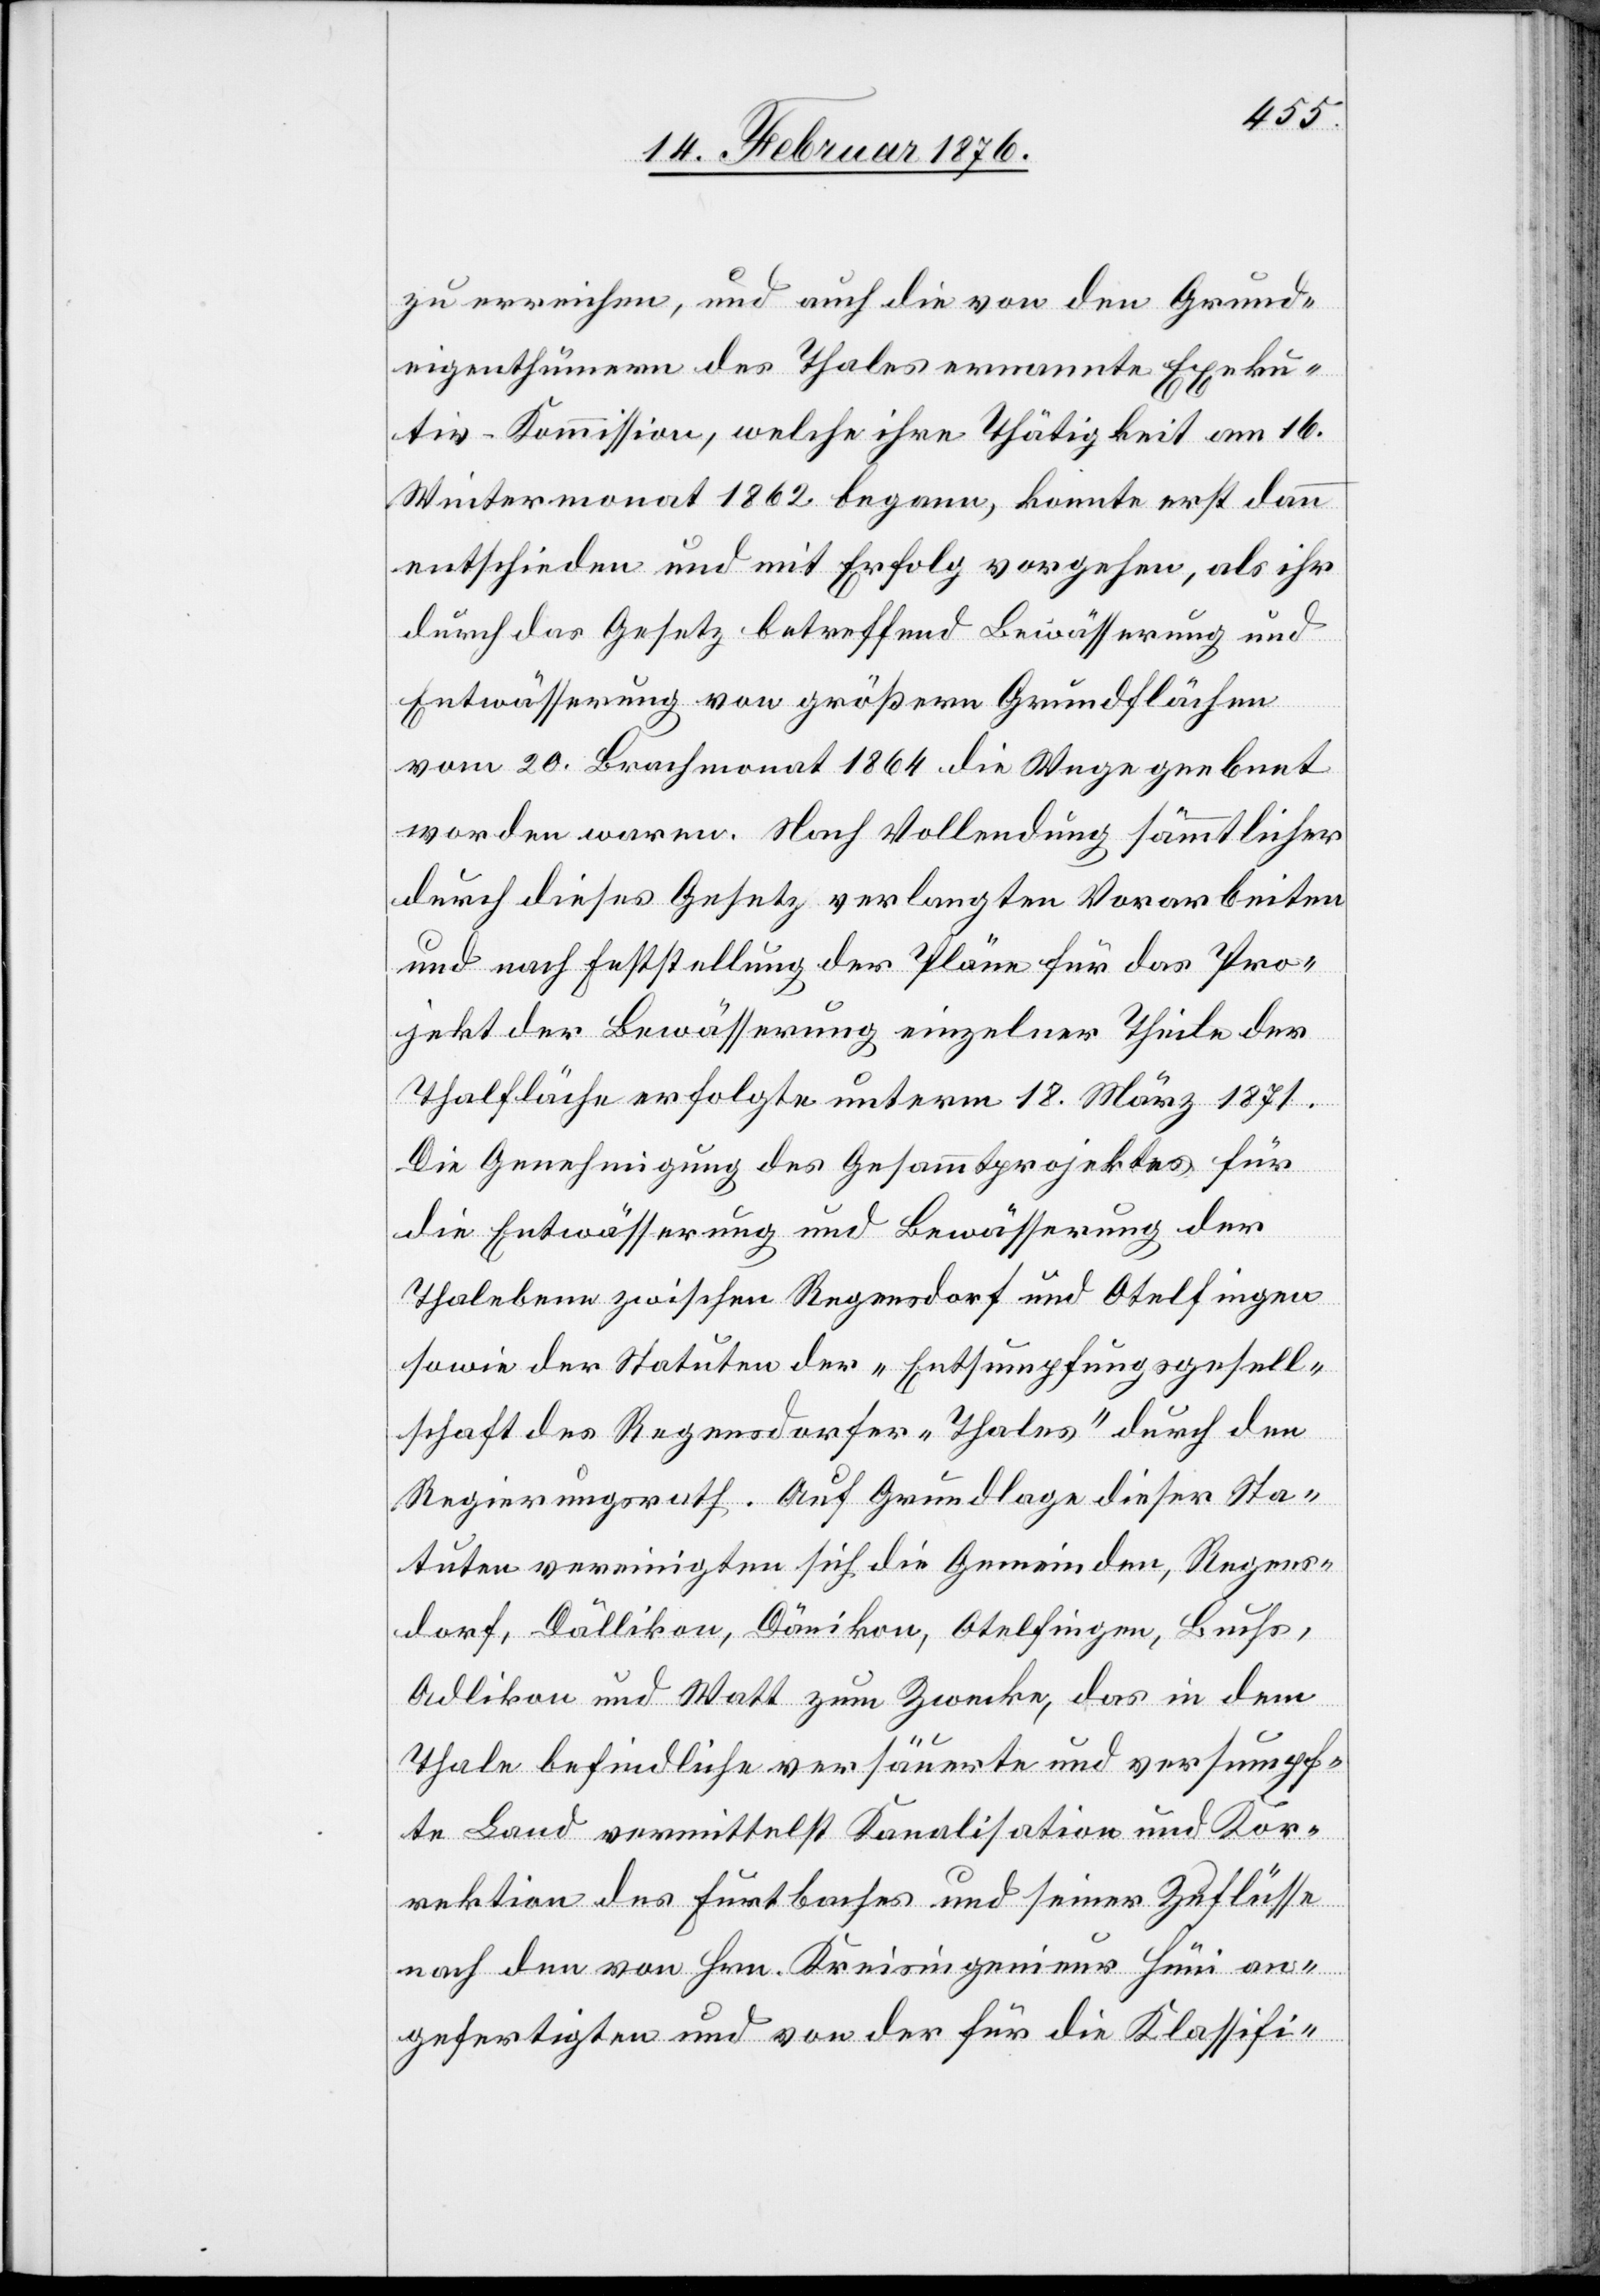
zu erreichen, und auch die von den Grund¬
eigenthümern des Thales ernannte Exeku¬
tiv-Kommission, welche ihre Thätigkeit am 16.
Wintermonat 1862 begann, konnte erst dann
entschieden und mit Erfolg vorgehen, als ihr
durch das Gesetz betreffend Bewässerung und
Entwässerung von größern Grundflächen
vom 20. Brachmonat 1864 die Wege geebnet
worden waren. Nach Vollendung sämmtlicher
durch dieses Gesetz verlangten Vorarbeiten
und nach Feststellung der Pläne für das Pro¬
jekt der Bewässerung einzelner Theile der
Thalfläche erfolgte unterm 18. März 1871.
Die Genehmigung des Gesammtprojektes für
die Entwässerung und Bewässerung der
Thalebenen zwischen Regensdorf und Otelfingen
sowie der Statuten der „Entwässerungsgesell¬
schaft des Regensdorfer Thales“ durch den
Regierungsrath. Auf Grundlage dieser Sta¬
tuten vereinigten sich die Gemeinden, Regens¬
dorf, Dällikon, Dänikon, Otelfingen, Buchs,
Adlikon und Watt zum Zwecke, das in dem
Thale befindliche versäuerte und versumpf¬
te Land vermittelst Kanalisation und Kor¬
rektion des Furtbaches und seiner Zuflüsse
nach den von Hrn. Kreisingenieur Hüni an¬
gefertigten und von der für die Klassifi-